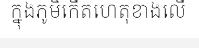
ក្នុងភូមិកើតហេតុខាងលើ